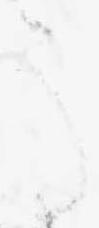
う